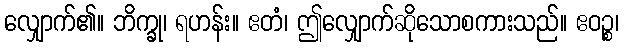
လျှောက်၏။ ဘိက္ခု၊ ရဟန်း။ ဧတံ၊ ဤလျှောက်ဆိုသောစကားသည်။ ဧဝဉ္စ၊